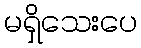
မရှိသေးပေ